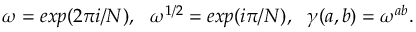
\omega = e x p ( 2 \pi i / N ) , ~ ~ \omega ^ { 1 / 2 } = e x p ( i \pi / N ) , ~ ~ \gamma ( a , b ) = \omega ^ { a b } .